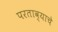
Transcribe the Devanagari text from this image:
परताव्याचे